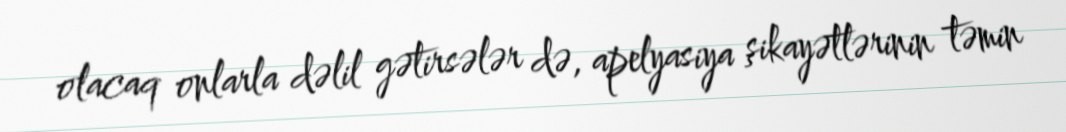
olacaq onlarla dəlil gətirsələr də, apelyasiya şikayətlərinin təmin